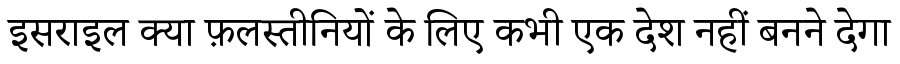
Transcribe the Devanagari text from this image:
इसराइल क्या फ़लस्तीनियों के लिए कभी एक देश नहीं बनने देगा